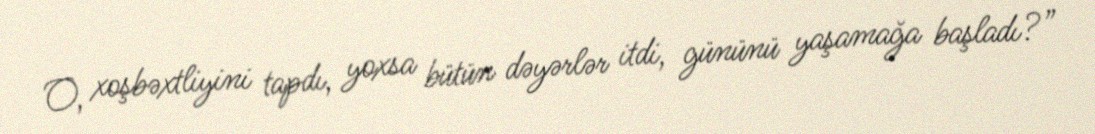
O, xoşbəxtliyini tapdı, yoxsa bütün dəyərlər itdi, gününü yaşamağa başladı?”